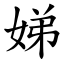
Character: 娣